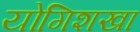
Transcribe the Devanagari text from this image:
योगिशखा